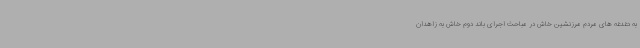
به دغدغه های مردم مرزنشین خاش در مباحث اجرای باند دوم خاش به زاهدان